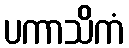
ပကာသိကံ